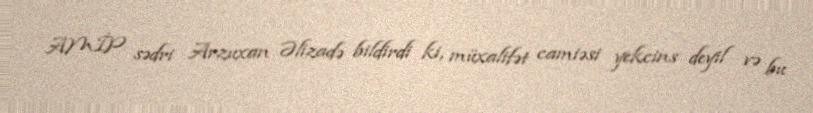
AMİP sədri Arzuxan Əlizadə bildirdi ki, müxalifət camiəsi yekcins deyil və bu